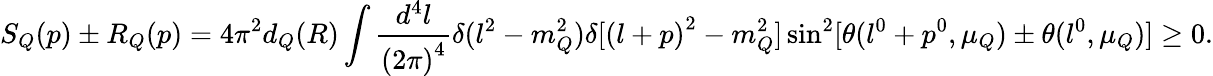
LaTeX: S_{Q}(p)\pm R_{Q}(p)=4\pi^{2}d_{Q}(R)\int\frac{d^{4}l}{{(2\pi)}^{4}}\delta(l^{2}-m_{Q}^{2})\delta[{(l+p)}^{2}-m_{Q}^{2}]\sin^{2}[\theta(l^{0}+p^{0},\mu_{Q})\pm\theta(l^{0},\mu_{Q})]\geq 0.